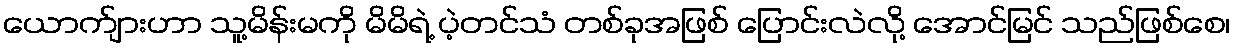
ယောက်ျားဟာ သူ့မိန်းမကို မိမိရဲ့ ပဲ့တင်သံ တစ်ခုအဖြစ် ပြောင်းလဲလို့ အောင်မြင် သည်ဖြစ်စေ၊